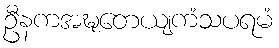
ဦနကအဍ္ဎတေယျကံသပရမံ